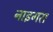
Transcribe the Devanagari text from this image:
नाइगरा